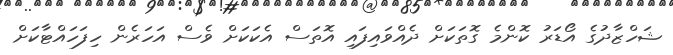
ޝަހްޒާދުގެ އޯޑަރު ކޮންމެ ގޮތަކަށް ދެއްވައިފައި އޮތަސް އެކަކަށް ވެސް އަހަރެން ހިފަހައްޓާކަށް